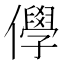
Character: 𠐮